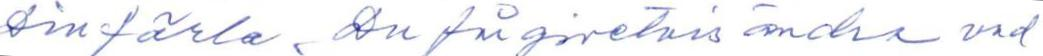
Din färla. Du får givetvis ändra vad